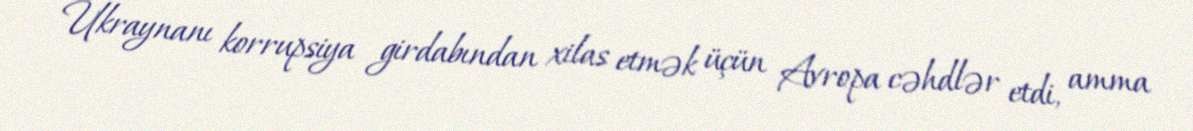
Ukraynanı korrupsiya girdabından xilas etmək üçün Avropa cəhdlər etdi, amma